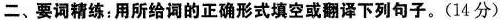
二、要词精练:用所给词的正确形式填空或翻译下列句子.(14 分)